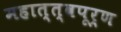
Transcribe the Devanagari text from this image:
महात्त्वपूर्ण